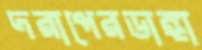
দরাপেরডাঙ্গা